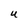
Character: U